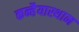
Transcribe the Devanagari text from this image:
कन्हैयास्थान